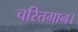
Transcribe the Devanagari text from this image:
चरितगान।